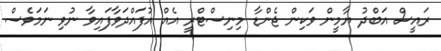
ރައީސް އަބްދު ޔާމީން ވަކިން ޖެންޑާ މިނިސްޓްރީ އެއް އުފައްދަވާފައިވާ ނުވި ނަމަވެސް